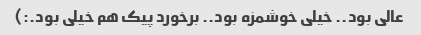
عالی بود.. خیلی خوشمزه بود.. برخورد پیک هم خیلی بود.:)